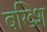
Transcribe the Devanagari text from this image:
बख्शि